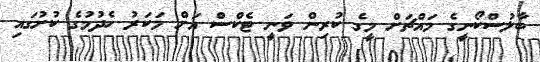
ބާލުސްކޯނީގެ މައްޗަށް މީގެ ކުރިން ވަނީ ޓެކްސް އަށް މަކަރު ހެދުމުގެ ކުށުގައި